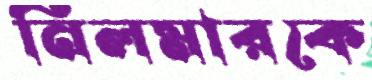
নিলমারকে